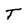
Character: T